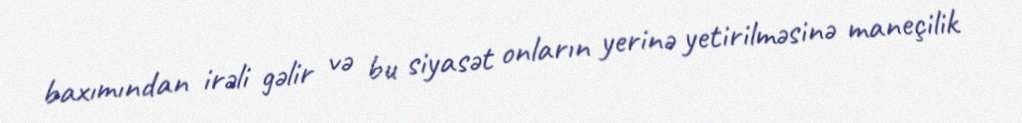
baxımından irəli gəlir və bu siyasət onların yerinə yetirilməsinə maneçilik